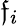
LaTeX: \mathfrak{f}_{i}